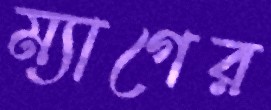
ম্যাগের